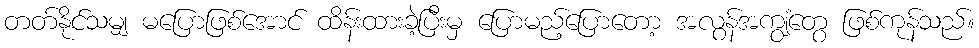
တတ်နိုင်သမျှ မပြောဖြစ်အောင် ထိန်းထားခဲ့ပြီးမှ ပြောမည့်ပြောတော့ အလွန်အကျွံတွေ ဖြစ်ကုန်သည်။